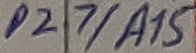
Text: P2.7/A15